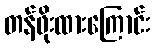
တန်ဖိုးထားကြောင်း